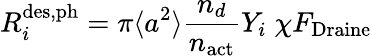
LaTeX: R_{i}^{\mathrm{{des,ph}}}=\pi\langle a^{2}\rangle\frac{n_{d}}{n_{\mathrm{{act}}}}Y_{i}\; \chi F_{\mathrm{{Draine}}}